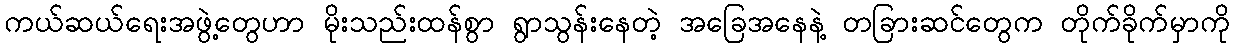
ကယ်ဆယ်ရေးအဖွဲ့တွေဟာ မိုးသည်းထန်စွာ ရွာသွန်းနေတဲ့ အခြေအနေနဲ့ တခြားဆင်တွေက တိုက်ခိုက်မှာကို